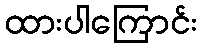
ထားပါကြောင်း